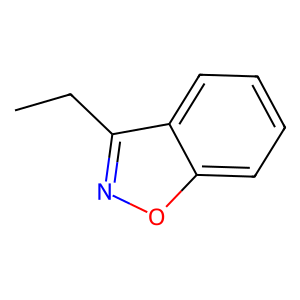
SMILES: CCc1noc2ccccc12
Inhibits HIV replication: No